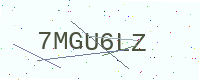
Text: 7MGU6LZ